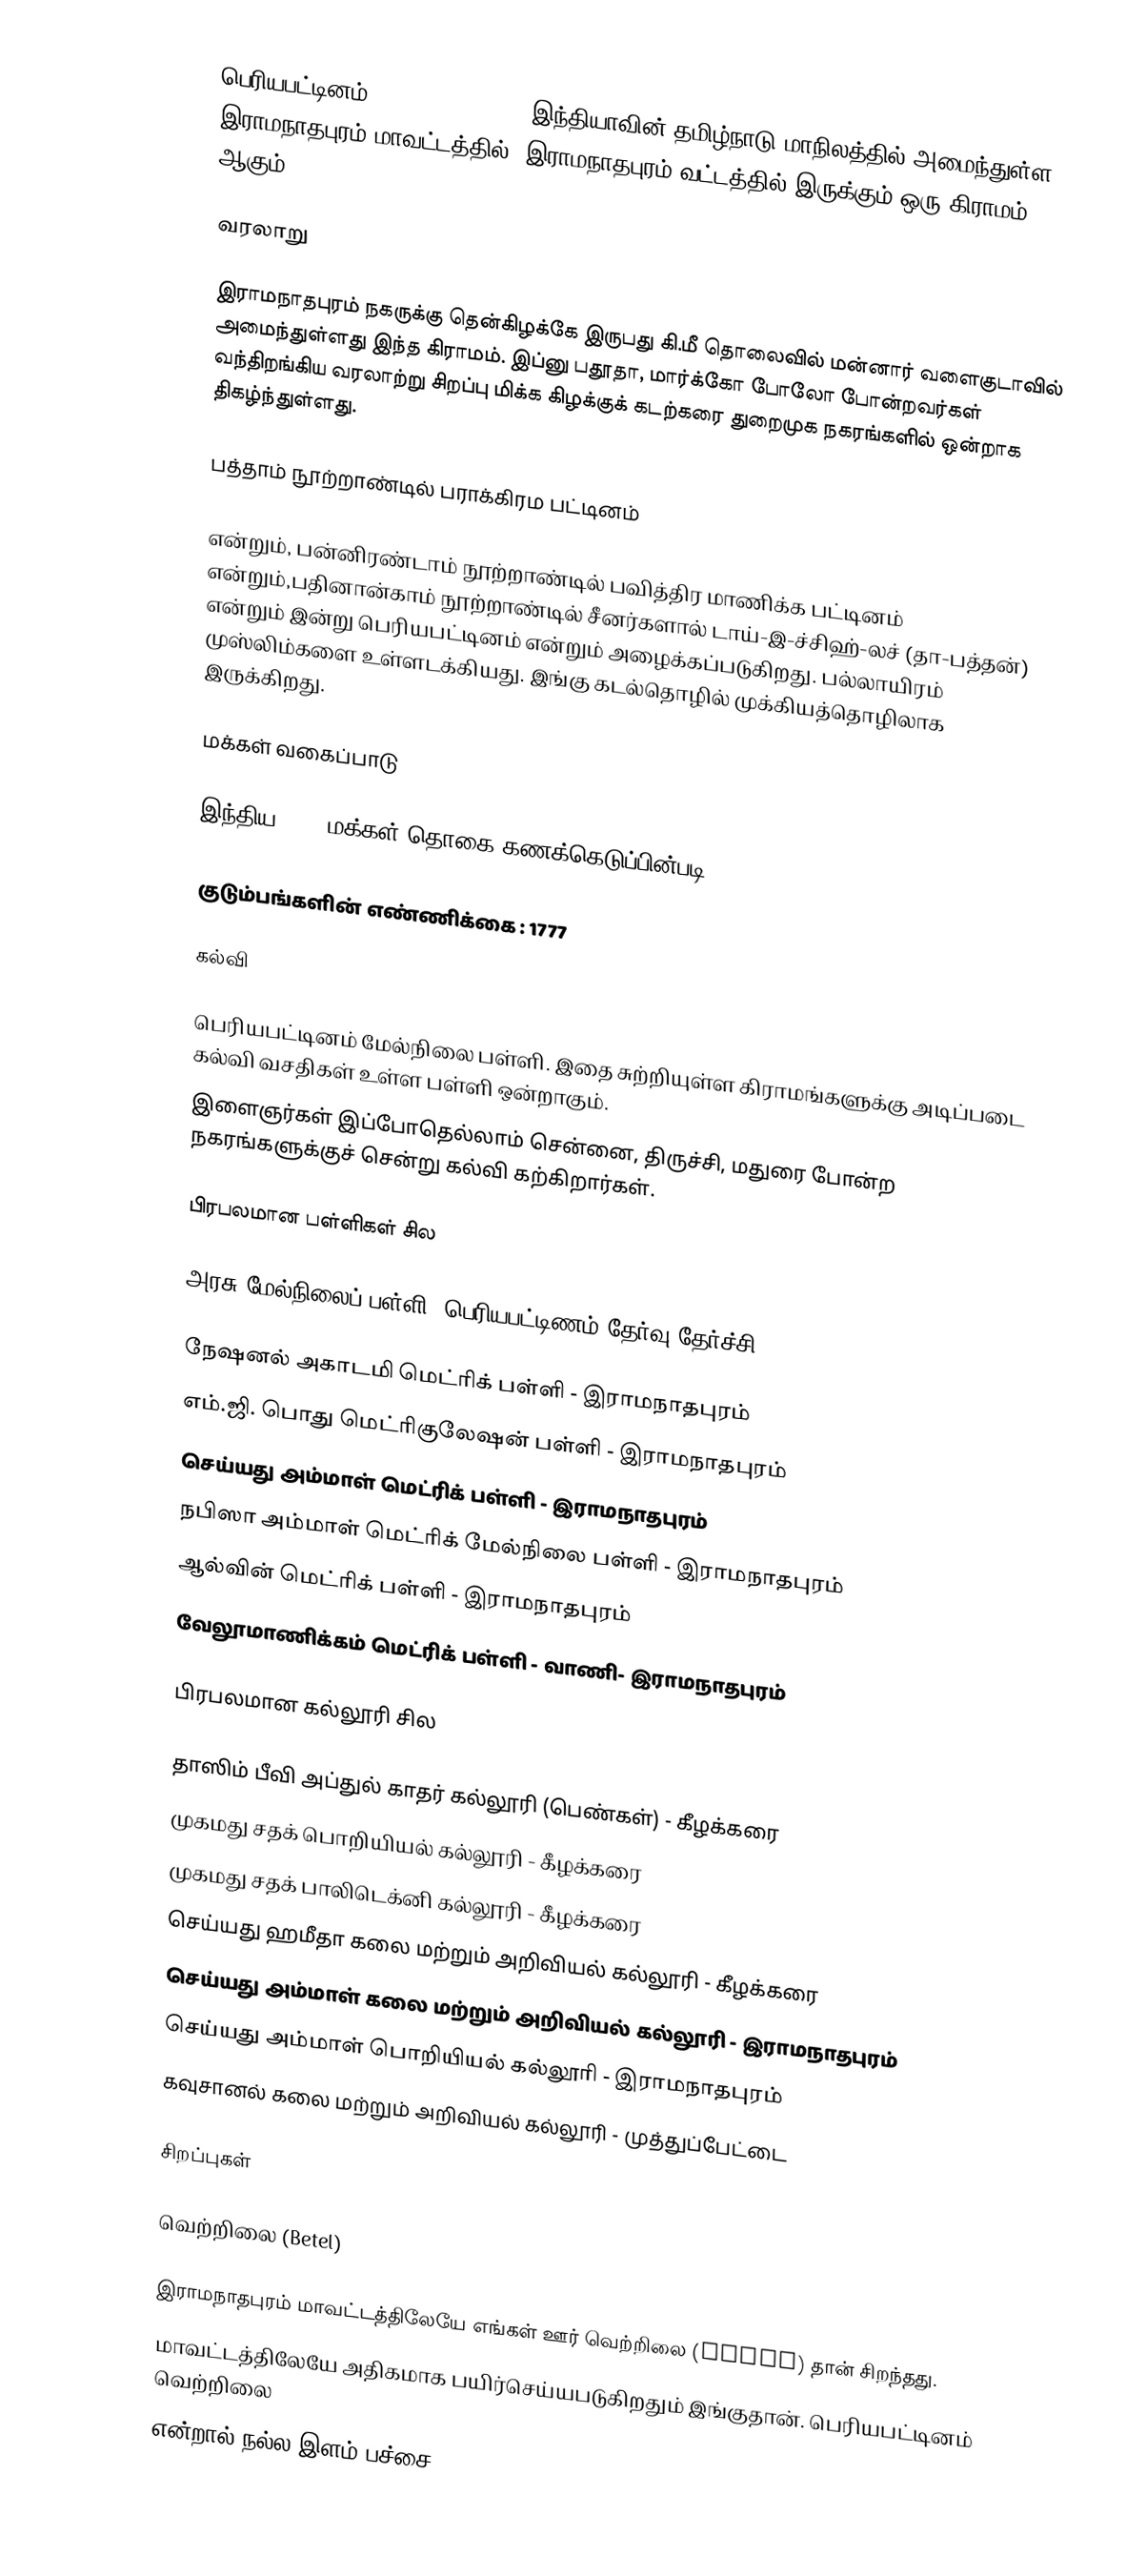
பெரியபட்டினம் (Periyapattinam), இந்தியாவின் தமிழ்நாடு மாநிலத்தில் அமைந்துள்ள இராமநாதபுரம் மாவட்டத்தில்,  இராமநாதபுரம் வட்டத்தில் இருக்கும்  ஒரு கிராமம் ஆகும்.

வரலாறு

இராமநாதபுரம் நகருக்கு தென்கிழக்கே இருபது கி.மீ தொலைவில் மன்னார் வளைகுடாவில் அமைந்துள்ளது இந்த கிராமம். இப்னு பதூதா, மார்க்கோ போலோ போன்றவர்கள் வந்திறங்கிய வரலாற்று சிறப்பு மிக்க கிழக்குக் கடற்கரை துறைமுக நகரங்களில் ஒன்றாக திகழ்ந்துள்ளது.

பத்தாம் நூற்றாண்டில் பராக்கிரம பட்டினம்

என்றும், பன்னிரண்டாம் நூற்றாண்டில் பவித்திர மாணிக்க பட்டினம் என்றும்,பதினான்காம் நூற்றாண்டில் சீனர்களால் டாய்-இ-ச்சிஹ்-லச் (தா-பத்தன்) என்றும் இன்று பெரியபட்டினம் என்றும் அழைக்கப்படுகிறது. பல்லாயிரம் முஸ்லிம்களை உள்ளடக்கியது. இங்கு கடல்தொழில் முக்கியத்தொழிலாக இருக்கிறது.

மக்கள் வகைப்பாடு

இந்திய 2011 மக்கள் தொகை கணக்கெடுப்பின்படி,

குடும்பங்களின் எண்ணிக்கை  :  1777

கல்வி

பெரியபட்டினம் மேல்நிலை பள்ளி. இதை சுற்றியுள்ள கிராமங்களுக்கு அடிப்படை கல்வி வசதிகள் உள்ள பள்ளி ஒன்றாகும்.
இளைஞர்கள் இப்போதெல்லாம் சென்னை, திருச்சி, மதுரை போன்ற நகரங்களுக்குச் சென்று கல்வி கற்கிறார்கள்.

பிரபலமான பள்ளிகள் சில

அரசு மேல்நிலைப் பள்ளி- பெரியபட்டிணம்  தேர்வு தேர்ச்சி 98%

நேஷனல் அகாடமி மெட்ரிக் பள்ளி - இராமநாதபுரம்
எம்.ஜி. பொது மெட்ரிகுலேஷன் பள்ளி - இராமநாதபுரம்
செய்யது அம்மாள் மெட்ரிக் பள்ளி - இராமநாதபுரம்
நபிஸா அம்மாள் மெட்ரிக் மேல்நிலை பள்ளி - இராமநாதபுரம்
ஆல்வின் மெட்ரிக் பள்ளி - இராமநாதபுரம்
வேலூமாணிக்கம் மெட்ரிக் பள்ளி - வாணி- இராமநாதபுரம்

பிரபலமான கல்லூரி சில

தாஸிம் பீவி அப்துல் காதர் கல்லூரி (பெண்கள்) - கீழக்கரை
முகமது சதக் பொறியியல் கல்லூரி - கீழக்கரை
முகமது சதக் பாலிடெக்னி கல்லூரி - கீழக்கரை
செய்யது ஹமீதா கலை மற்றும் அறிவியல் கல்லூரி - கீழக்கரை
செய்யது அம்மாள் கலை மற்றும் அறிவியல் கல்லூரி - இராமநாதபுரம்
செய்யது அம்மாள் பொறியியல் கல்லூரி - இராமநாதபுரம்
கவுசானல் கலை மற்றும் அறிவியல் கல்லூரி - முத்துப்பேட்டை

சிறப்புகள்

வெற்றிலை (Betel)

இராமநாதபுரம் மாவட்டத்திலேயே எங்கள் ஊர் வெற்றிலை (Betel) தான் சிறந்தது.
மாவட்டத்திலேயே அதிகமாக பயிர்செய்யபடுகிறதும் இங்குதான். பெரியபட்டினம் வெற்றிலை
என்றால் நல்ல இளம் பச்சை